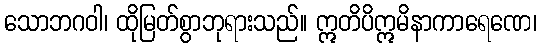
သောဘဂဝါ၊ ထိုမြတ်စွာဘုရားသည်။ ဣတိပိဣမိနာကာရေဏေ၊